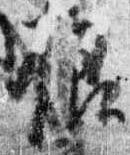
様